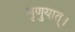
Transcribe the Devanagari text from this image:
शृणुयात्।